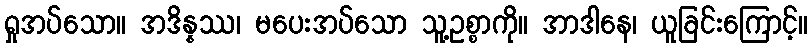
ရှုအပ်သော။ အဒိန္နဿ၊ မပေးအပ်သော သူ့ဥစ္စာကို။ အာဒါနေ၊ ယူခြင်းကြောင့်။